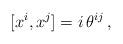
LaTeX: \begin{align*} [x^i, x^j] = i \, \theta^{ij} \,,\end{align*}